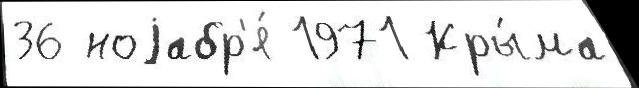
36 ноjабр'я́ 1971 Кры́ма